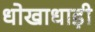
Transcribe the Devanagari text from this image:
धोखाधाड़ी